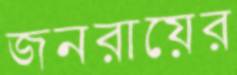
জনরায়ের